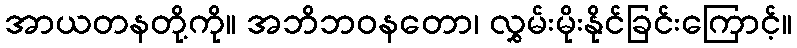
အာယတနတို့ကို။ အဘိဘဝနတော၊ လွှမ်းမိုးနိုင်ခြင်းကြောင့်။